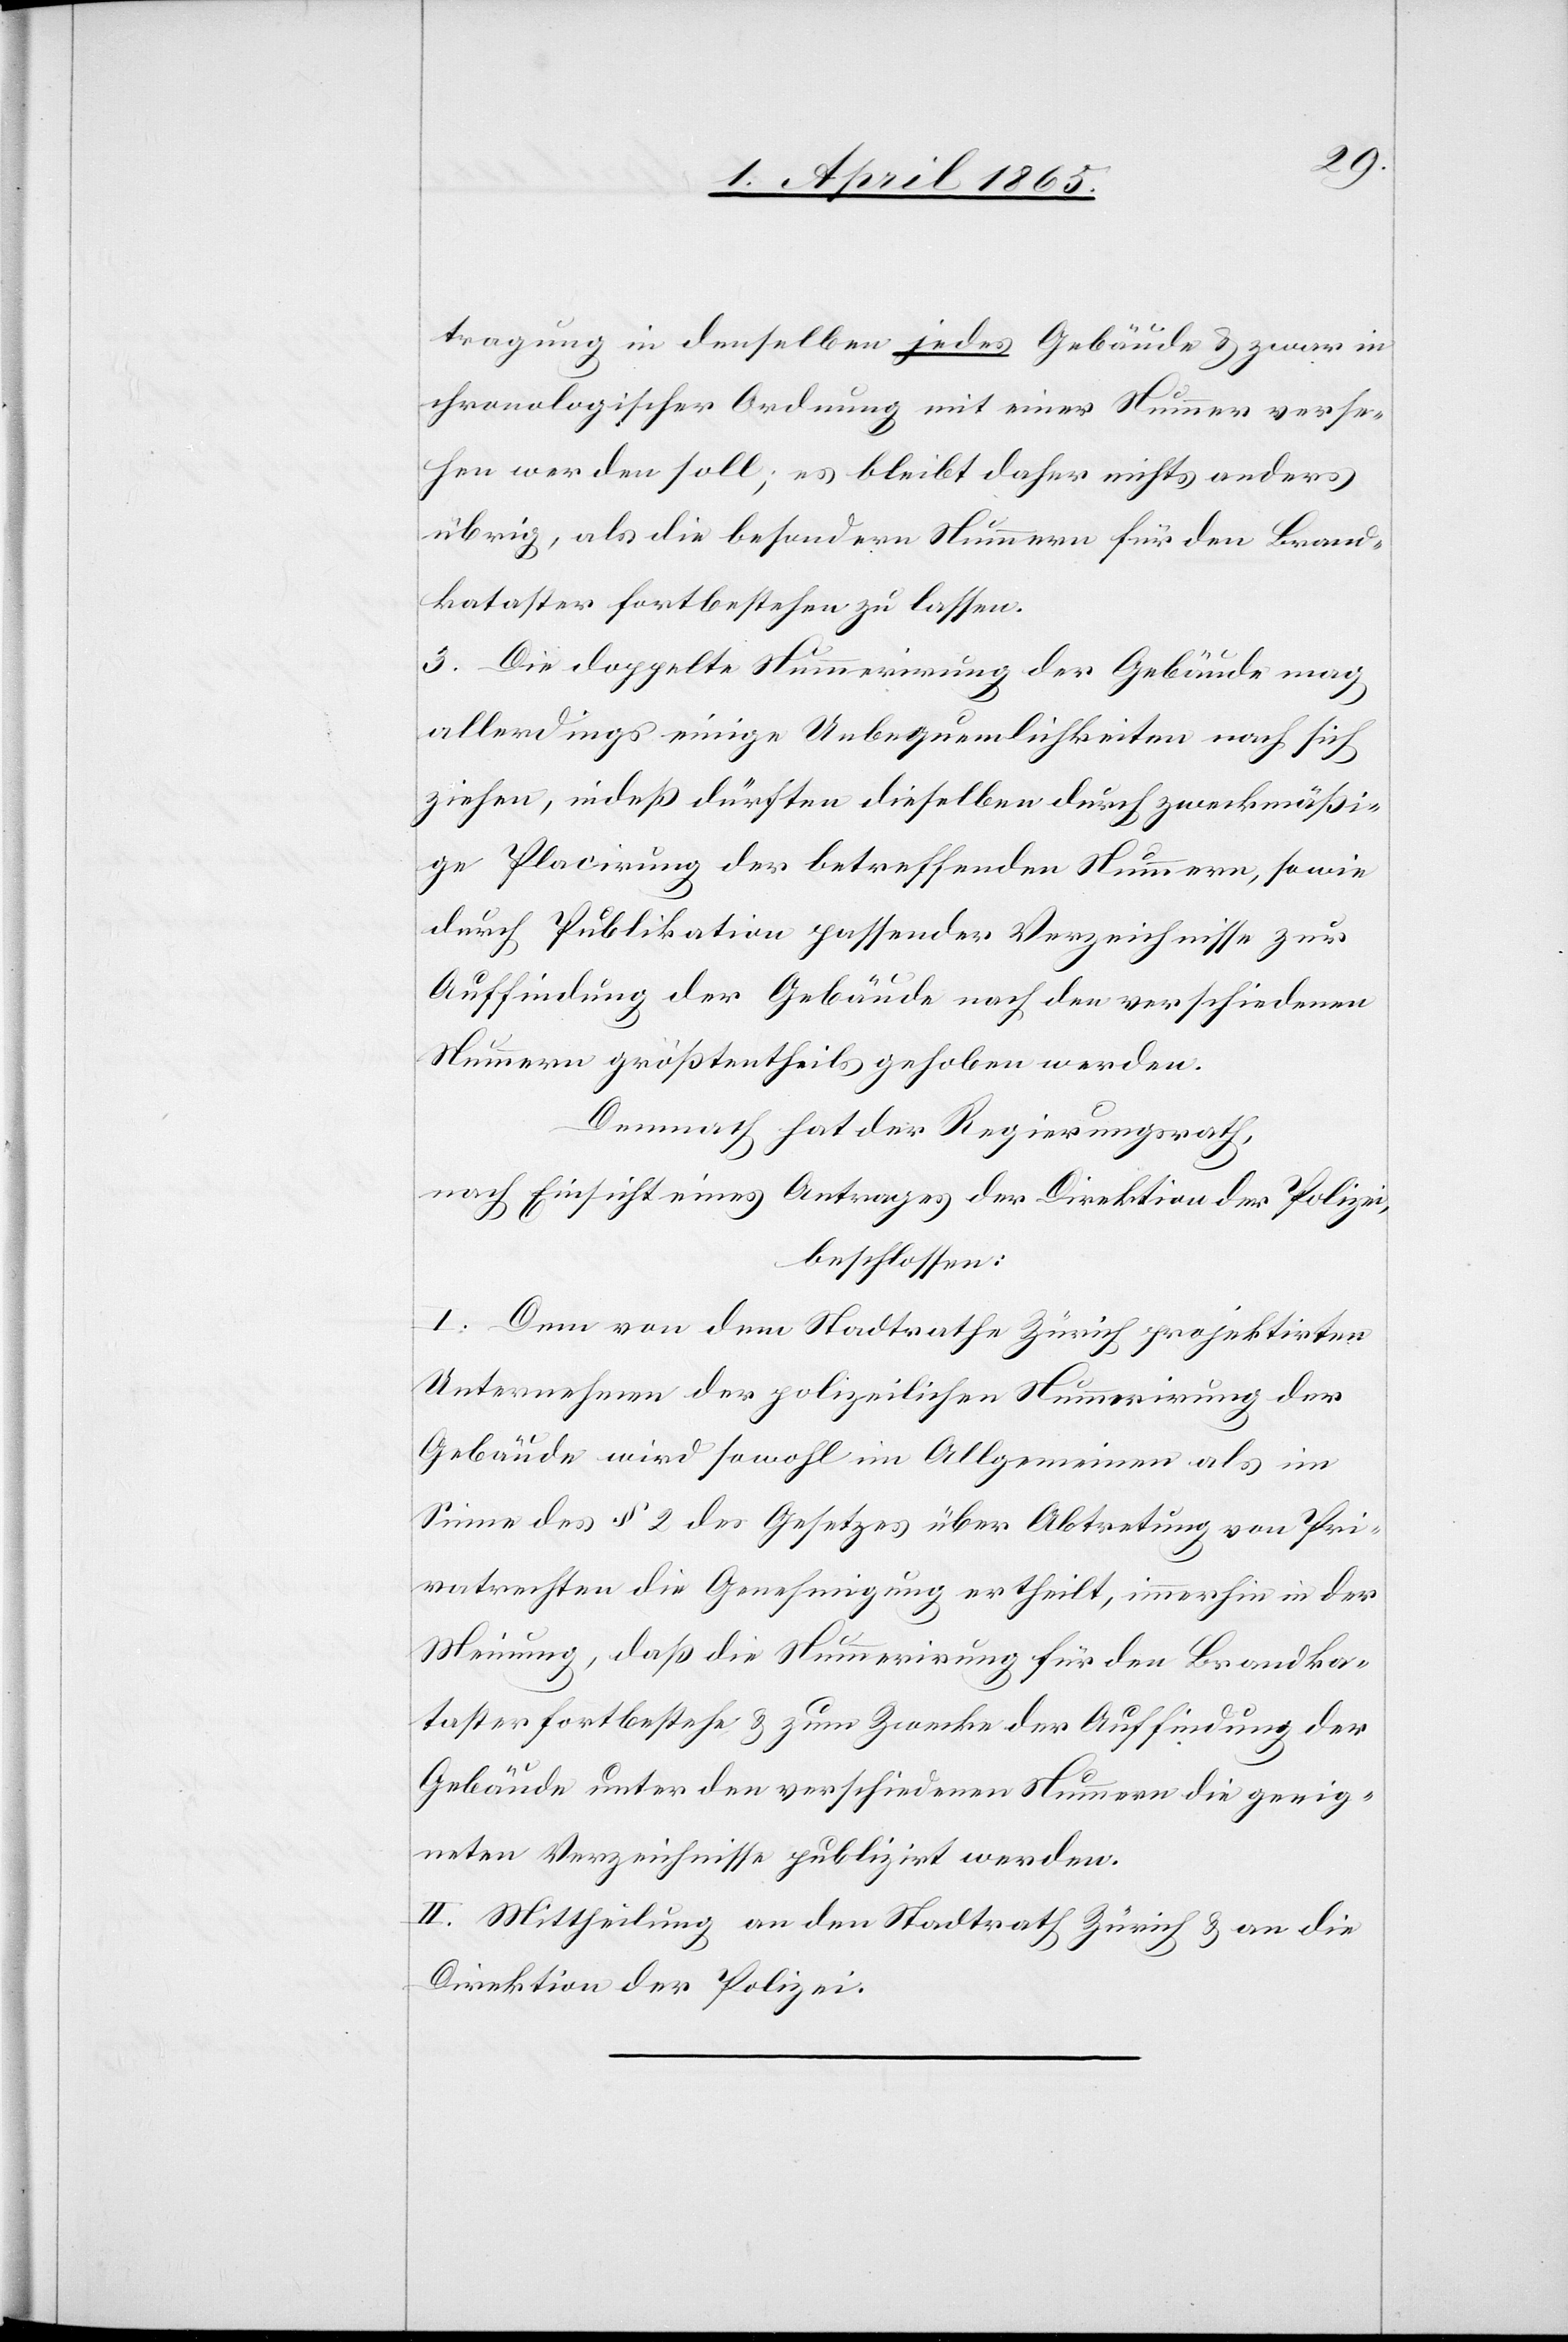
tragung in denselben jedes Gebäude & zwar in
chronologischer Ordnung mit einer Nummer verse¬
hen werden soll; es bleibt daher nichts anders
übrig, als die besondern Nummern für den Brand¬
kataster fortbestehen zu lassen.
3. Die doppelte Nummerirung der Gebäude mag
allerdings einige Unbequemlichkeiten nach sich
ziehen, indeß dürften dieselben durch zweckmäßi¬
ge Placirung der betreffenden Nummern, so wie
durch Publikation passender Verzeichnisse zur
Auffindung der Gebäude nach den verschiedenen
Nummern größtentheils gehoben werden.
Demnach hat der Regierungsrath,
nach Einsicht eines Antrages der Direktion der Polizei,
beschlossen:
I. Dem von dem Stadtrathe Zürich projektirten
Unternehmen der polizeilichen Nummerirung der
Gebäude wird sowohl im Allgemeinen als im
Sinne des § 2 des Gesetzes über Abtretung von Pri¬
vatrechten die Genehmigung ertheilt, immerhin in der
Meinung, daß die Nummerirung für den Brandka¬
taster fortbestehe & zum Zwecke der Auffindung der
Gebäude unter den verschiedenen Nummern die geeig¬
neten Verzeichnisse publizirt werden.
II. Mittheilung an den Stadtrath Zürich & an die
Direktion der Polizei.